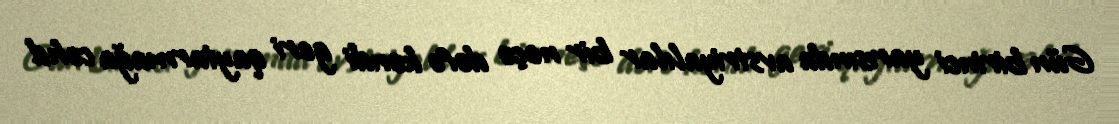
Gün birinci yarısında avstriyalılar bir neçə dəfə kəndi geri qaytarmağa cəhd